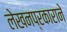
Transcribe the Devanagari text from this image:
लेखनप्रकाराने